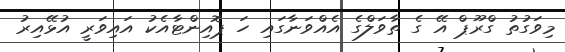
މިވަގުތު ގްރޫޕް އޭ ގެ ތާވަލްގެ އެއްވަނާގައި ހަ ޕޮއިންޓާއެކު އައިވަރީ އުޅޭއިރު